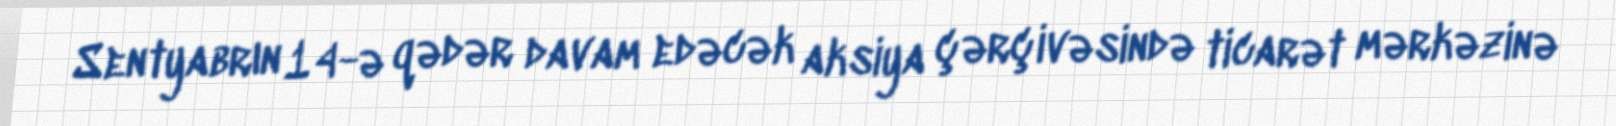
Sentyabrın 14-ə qədər davam edəcək aksiya çərçivəsində ticarət mərkəzinə